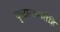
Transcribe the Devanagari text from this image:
दृष्टान्तशतेहि